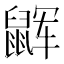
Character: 𱌏